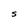
Character: S